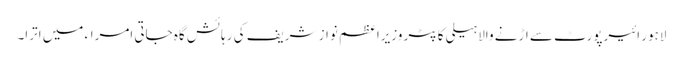
لاہور ائیرپورٹ سے اڑنے والا ہیلی کاپٹر وزیراعظم نواز شریف کی رہائش گاہ جاتی امراء میں اترا۔